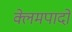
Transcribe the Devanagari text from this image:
क्लेमपादों